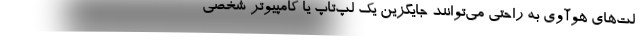
لت‌های هوآوی به راحتی می‌توانند جایگزین یک لپ‌تاپ یا کامپیوتر شخصی